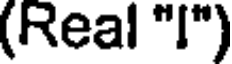
(Real "I")